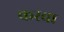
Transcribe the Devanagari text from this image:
करचा